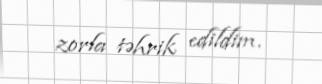
zorla təhrik edildim.